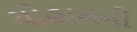
યોહાનનો